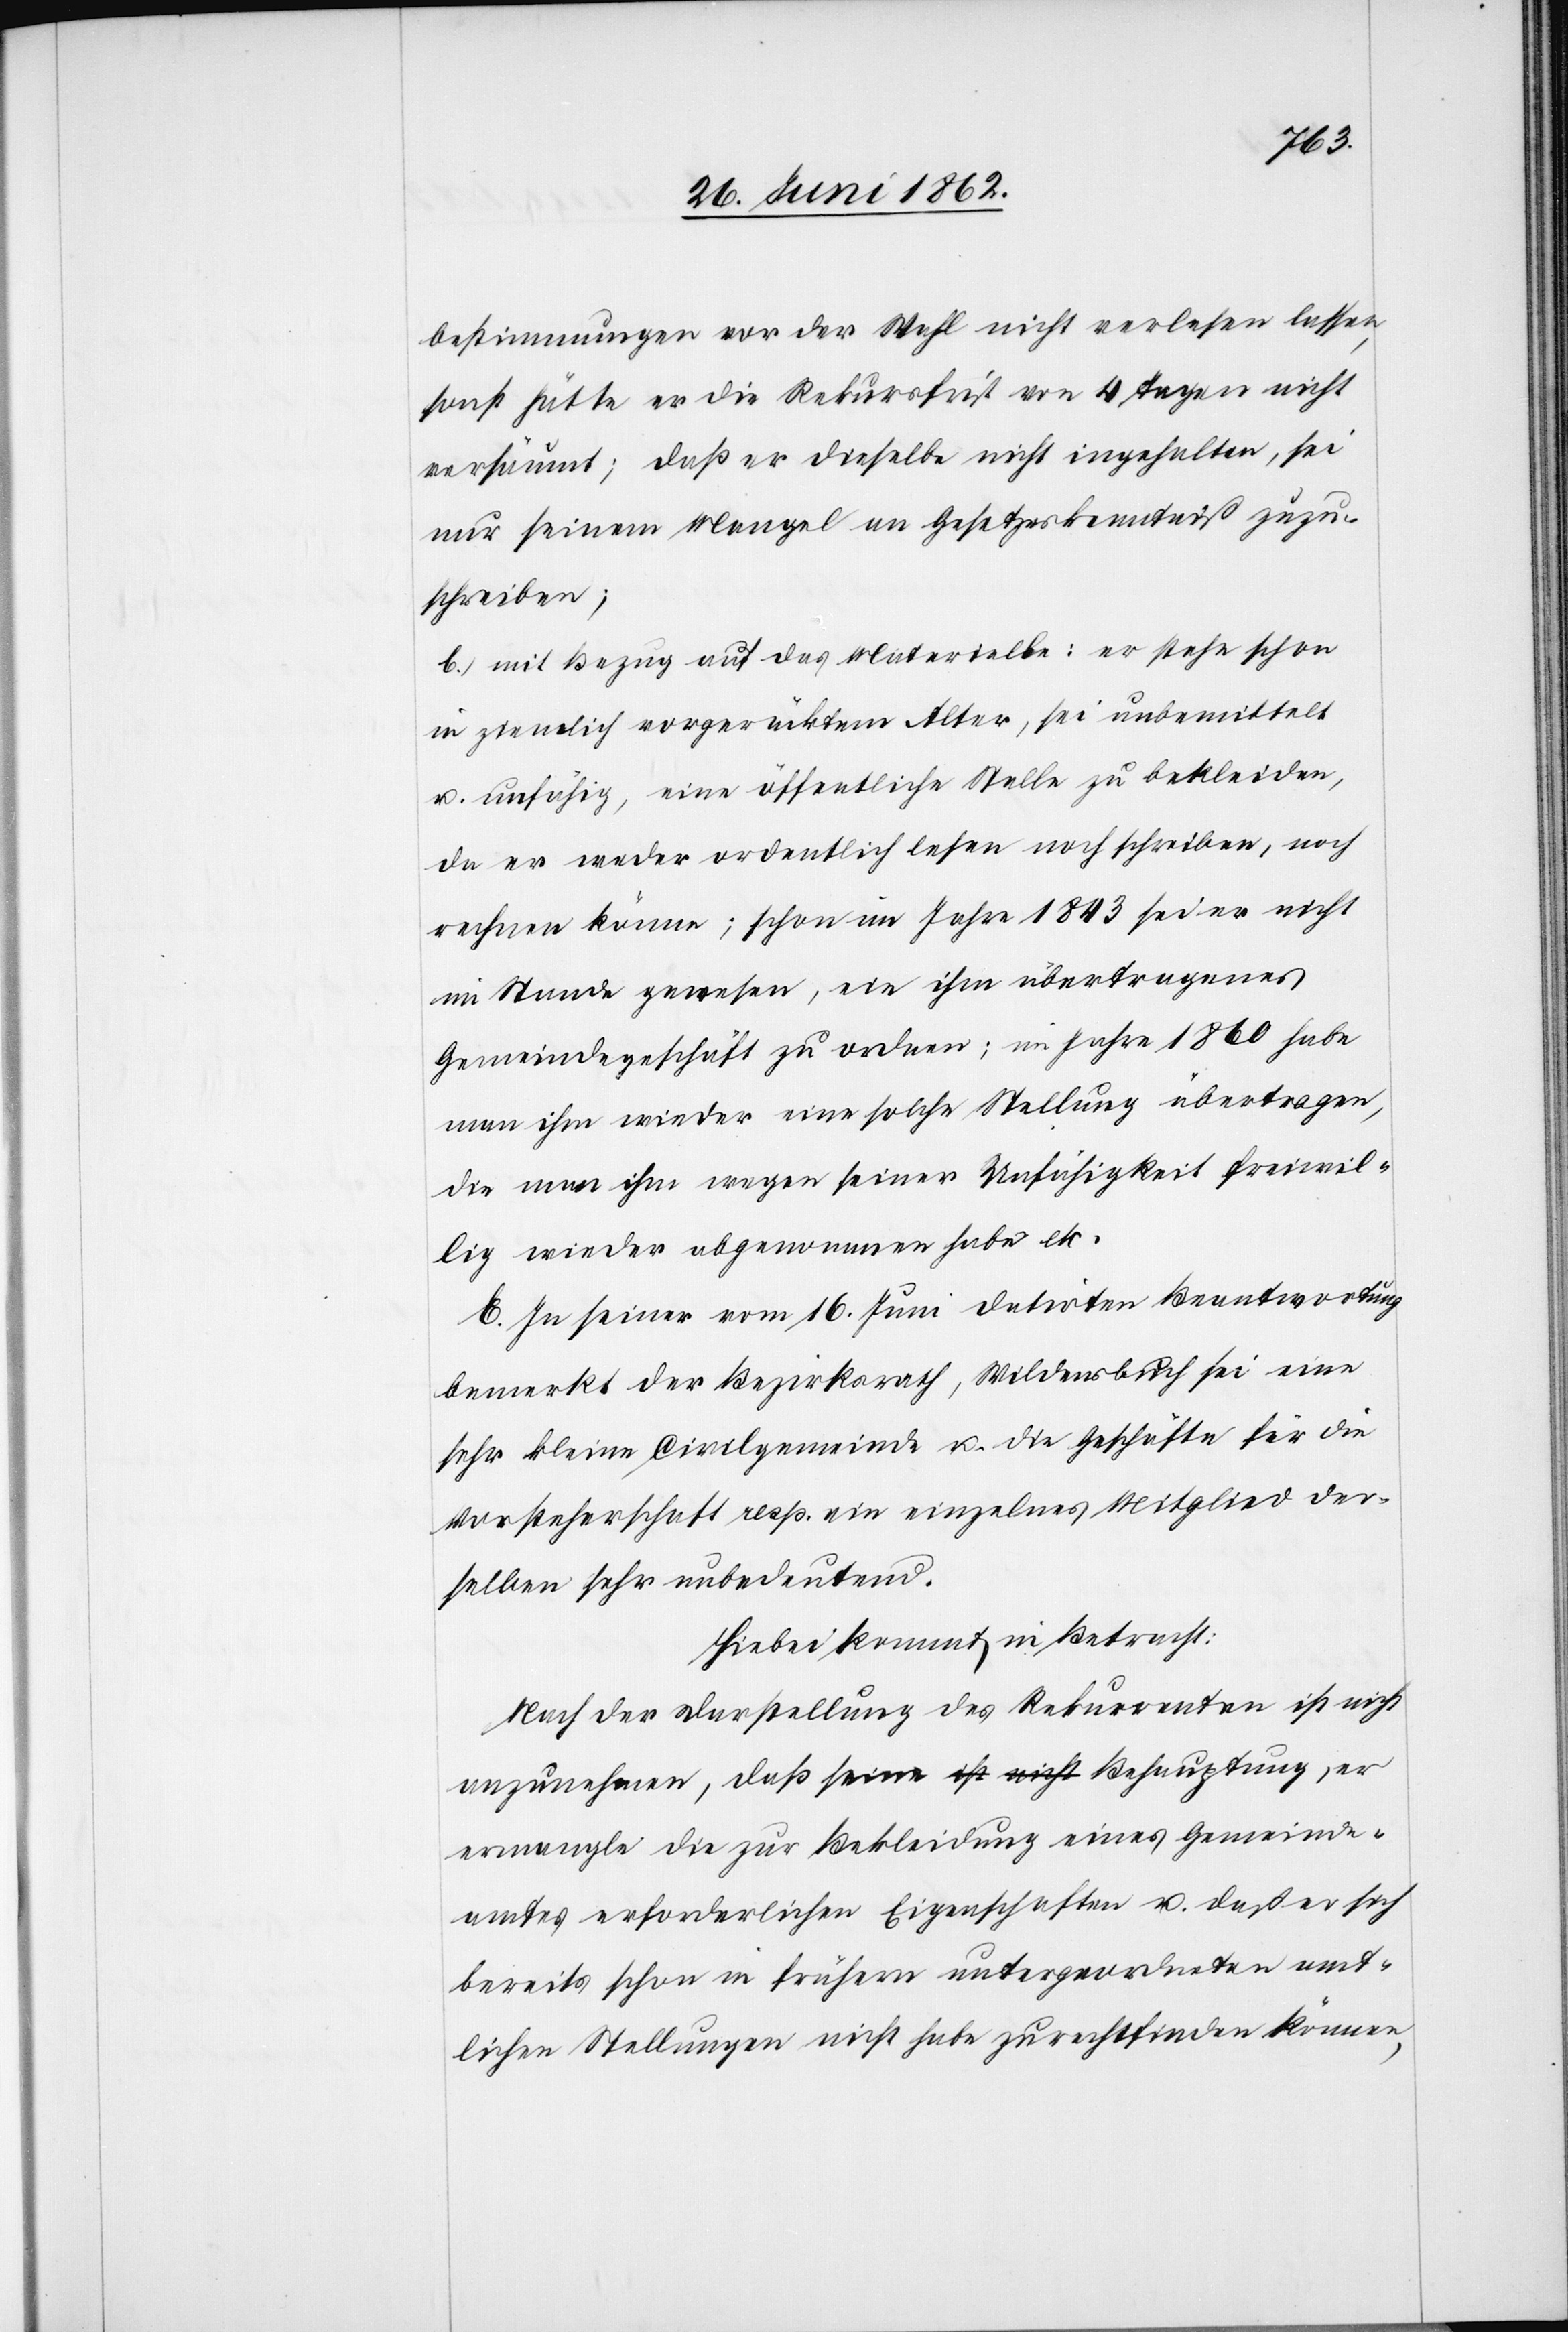
bestimmungen vor der Wahl nicht verlesen lassen,
sonst hätte er die Rekursfrist von 4 Tagen nicht
versäumt; daß er dieselbe nicht [e]ingehalten, sei
nur seinem Mangel an Gesetzeskenntniß zuzu¬
schreiben;
b) mit Bezug auf das Materielle: er stehe schon
in ziemlich vorgerücktem Alter, sei unbemittelt
u. unfähig, eine öffentliche Stelle zu bekleiden,
da er weder ordentlich lesen noch schreiben, noch
rechnen könne; schon im Jahre 1843 sei er nicht
im Stande gewesen, ein ihm übertragenes
Gemeindegeschäft zu ordnen; im Jahre 1860 habe
man ihm wieder eine solche Stellung übertragen,
die man ihm wegen seiner Unfähigkeit freiwil¬
lig wieder abgenommen habe etc.
E. In seiner vom 16. Juni datirten Beantwortung
bemerkt der Bezirksrath, Wildensbuch sei eine
sehr kleine Civilgemeinde u. die Geschäfte für die
Vorsteherschaft resp. ein einzelnes Mitglied der¬
selben sehr unbedeutend.
Hiebei kommt in Betracht.
Nach der Darstellung des Rekurrenten ist nicht
anzunehmen, daß seine ist nicht Behauptung, er
ermangle die zur Bekleidung eines Gemeinde¬
amtes erforderlichen Eigenschaften u. daß er sich
bereits schon in frühern untergeordneten amt¬
lichen Stellungen nicht habe zurechtfinden können,